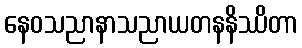
နေဝသညာနာသညာယတနနိဿိတာ